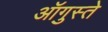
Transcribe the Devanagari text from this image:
ऑगुस्ते